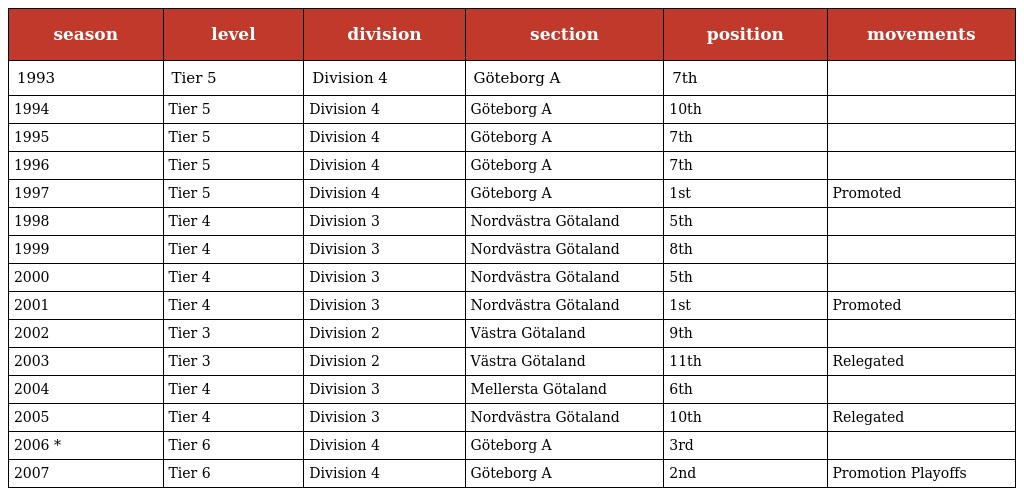
| season | level | division | section | position | movements |
 | --- | --- | --- | --- | --- | --- |
 | 1993 | Tier 5 | Division 4 | Göteborg A | 7th |  |
 | 1994 | Tier 5 | Division 4 | Göteborg A | 10th |  |
 | 1995 | Tier 5 | Division 4 | Göteborg A | 7th |  |
 | 1996 | Tier 5 | Division 4 | Göteborg A | 7th |  |
 | 1997 | Tier 5 | Division 4 | Göteborg A | 1st | Promoted |
 | 1998 | Tier 4 | Division 3 | Nordvästra Götaland | 5th |  |
 | 1999 | Tier 4 | Division 3 | Nordvästra Götaland | 8th |  |
 | 2000 | Tier 4 | Division 3 | Nordvästra Götaland | 5th |  |
 | 2001 | Tier 4 | Division 3 | Nordvästra Götaland | 1st | Promoted |
 | 2002 | Tier 3 | Division 2 | Västra Götaland | 9th |  |
 | 2003 | Tier 3 | Division 2 | Västra Götaland | 11th | Relegated |
 | 2004 | Tier 4 | Division 3 | Mellersta Götaland | 6th |  |
 | 2005 | Tier 4 | Division 3 | Nordvästra Götaland | 10th | Relegated |
 | 2006 * | Tier 6 | Division 4 | Göteborg A | 3rd |  |
 | 2007 | Tier 6 | Division 4 | Göteborg A | 2nd | Promotion Playoffs |